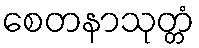
စေတနာသုတ္တံ